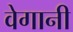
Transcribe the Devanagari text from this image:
वेगानी